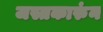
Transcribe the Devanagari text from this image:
जस्तकारुंन